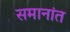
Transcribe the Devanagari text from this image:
समानांत